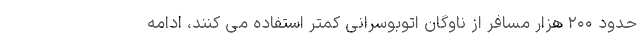
حدود ۲۰۰ هزار مسافر از ناوگان اتوبوسرانی کمتر استفاده می کنند، ادامه